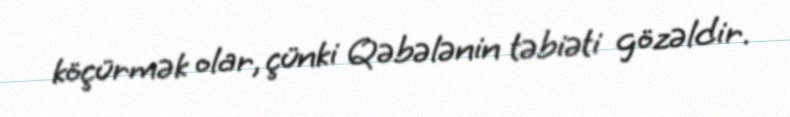
köçürmək olar, çünki Qəbələnin təbiəti gözəldir.